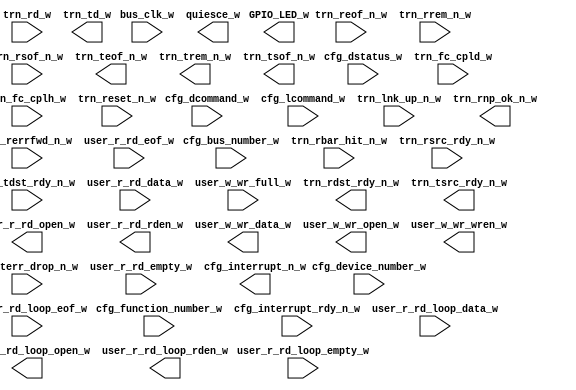
module xillybus_core
  (
  input  bus_clk_w,
  input [7:0] cfg_bus_number_w,
  input [15:0] cfg_dcommand_w,
  input [4:0] cfg_device_number_w,
  input [15:0] cfg_dstatus_w,
  input [2:0] cfg_function_number_w,
  input  cfg_interrupt_rdy_n_w,
  input [15:0] cfg_lcommand_w,
  input [11:0] trn_fc_cpld_w,
  input [7:0] trn_fc_cplh_w,
  input  trn_lnk_up_n_w,
  input [6:0] trn_rbar_hit_n_w,
  input [63:0] trn_rd_w,
  input  trn_reof_n_w,
  input  trn_rerrfwd_n_w,
  input  trn_reset_n_w,
  input  trn_rrem_n_w,
  input  trn_rsof_n_w,
  input  trn_rsrc_rdy_n_w,
  input  trn_tdst_rdy_n_w,
  input  trn_terr_drop_n_w,
  input [31:0] user_r_rd_data_w,
  input  user_r_rd_empty_w,
  input  user_r_rd_eof_w,
  input [31:0] user_r_rd_loop_data_w,
  input  user_r_rd_loop_empty_w,
  input  user_r_rd_loop_eof_w,
  input  user_w_wr_full_w,
  output [3:0] GPIO_LED_w,
  output  cfg_interrupt_n_w,
  output  quiesce_w,
  output  trn_rdst_rdy_n_w,
  output  trn_rnp_ok_n_w,
  output [63:0] trn_td_w,
  output  trn_teof_n_w,
  output  trn_trem_n_w,
  output  trn_tsof_n_w,
  output  trn_tsrc_rdy_n_w,
  output  user_r_rd_loop_open_w,
  output  user_r_rd_loop_rden_w,
  output  user_r_rd_open_w,
  output  user_r_rd_rden_w,
  output [31:0] user_w_wr_data_w,
  output  user_w_wr_open_w,
  output  user_w_wr_wren_w
);
endmodule